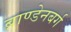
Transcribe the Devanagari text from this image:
ब्राण्डेनबर्ग